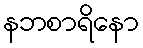
နဘစာရိနော